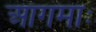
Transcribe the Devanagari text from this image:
आगमाः